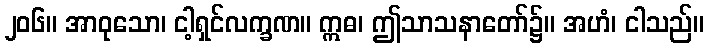
၂၀၆။ အာဝုသော၊ ငါ့ရှင်လက္ခဏ။ ဣဓ၊ ဤသာသနာတော်၌။ အဟံ၊ ငါသည်။